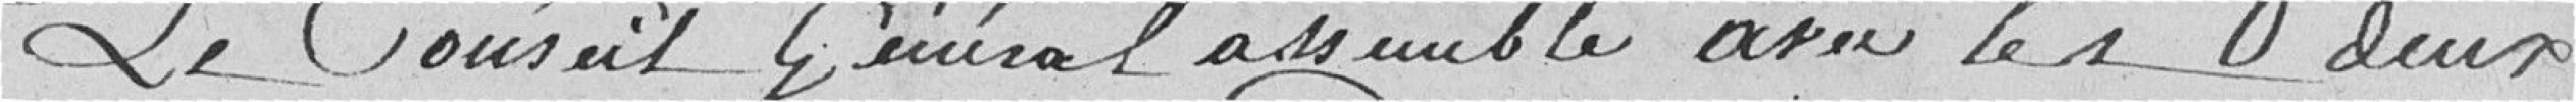
Le conseil général assemblé avec les deux